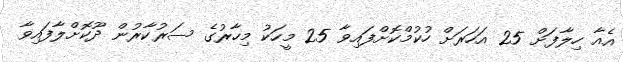
އެއާ ހިލާފަށް 25 އަހަރަށް ހުކުމްކޮށްފައިވާ 25 މީހަކު މިހާރުގެ ސަރުކާރުން ދޫކޮށްލާފައިވާ